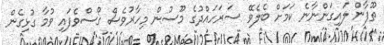
ތޫފާން ލައިގަންނާނެ ކަމަށް ބެލެވޭ ސަރަހައްދުގެ މޫސުން މިހާރުވެސް ގޯސްވެފައި ވުމާ ގުޅިގެން